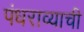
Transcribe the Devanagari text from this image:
पंधराव्याची